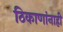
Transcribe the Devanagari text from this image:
ठिकाणांनाही